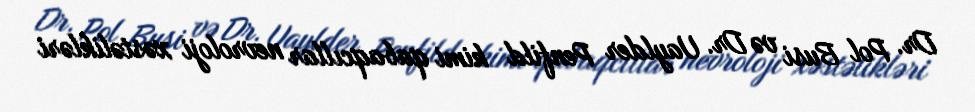
Dr. Pol Busi və Dr. Uaylder Penfild kimi qabaqcıllar nevroloji xəstəlikləri